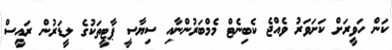
ކަން ހަވީރަށް ކަށަވަރު ވެއްޖެ ކެބިނެޓް މެމްބަރުންނާއި ސިޔާސީ ޕާޓީތަކުގެ ލީޑަރުން ރައީސް